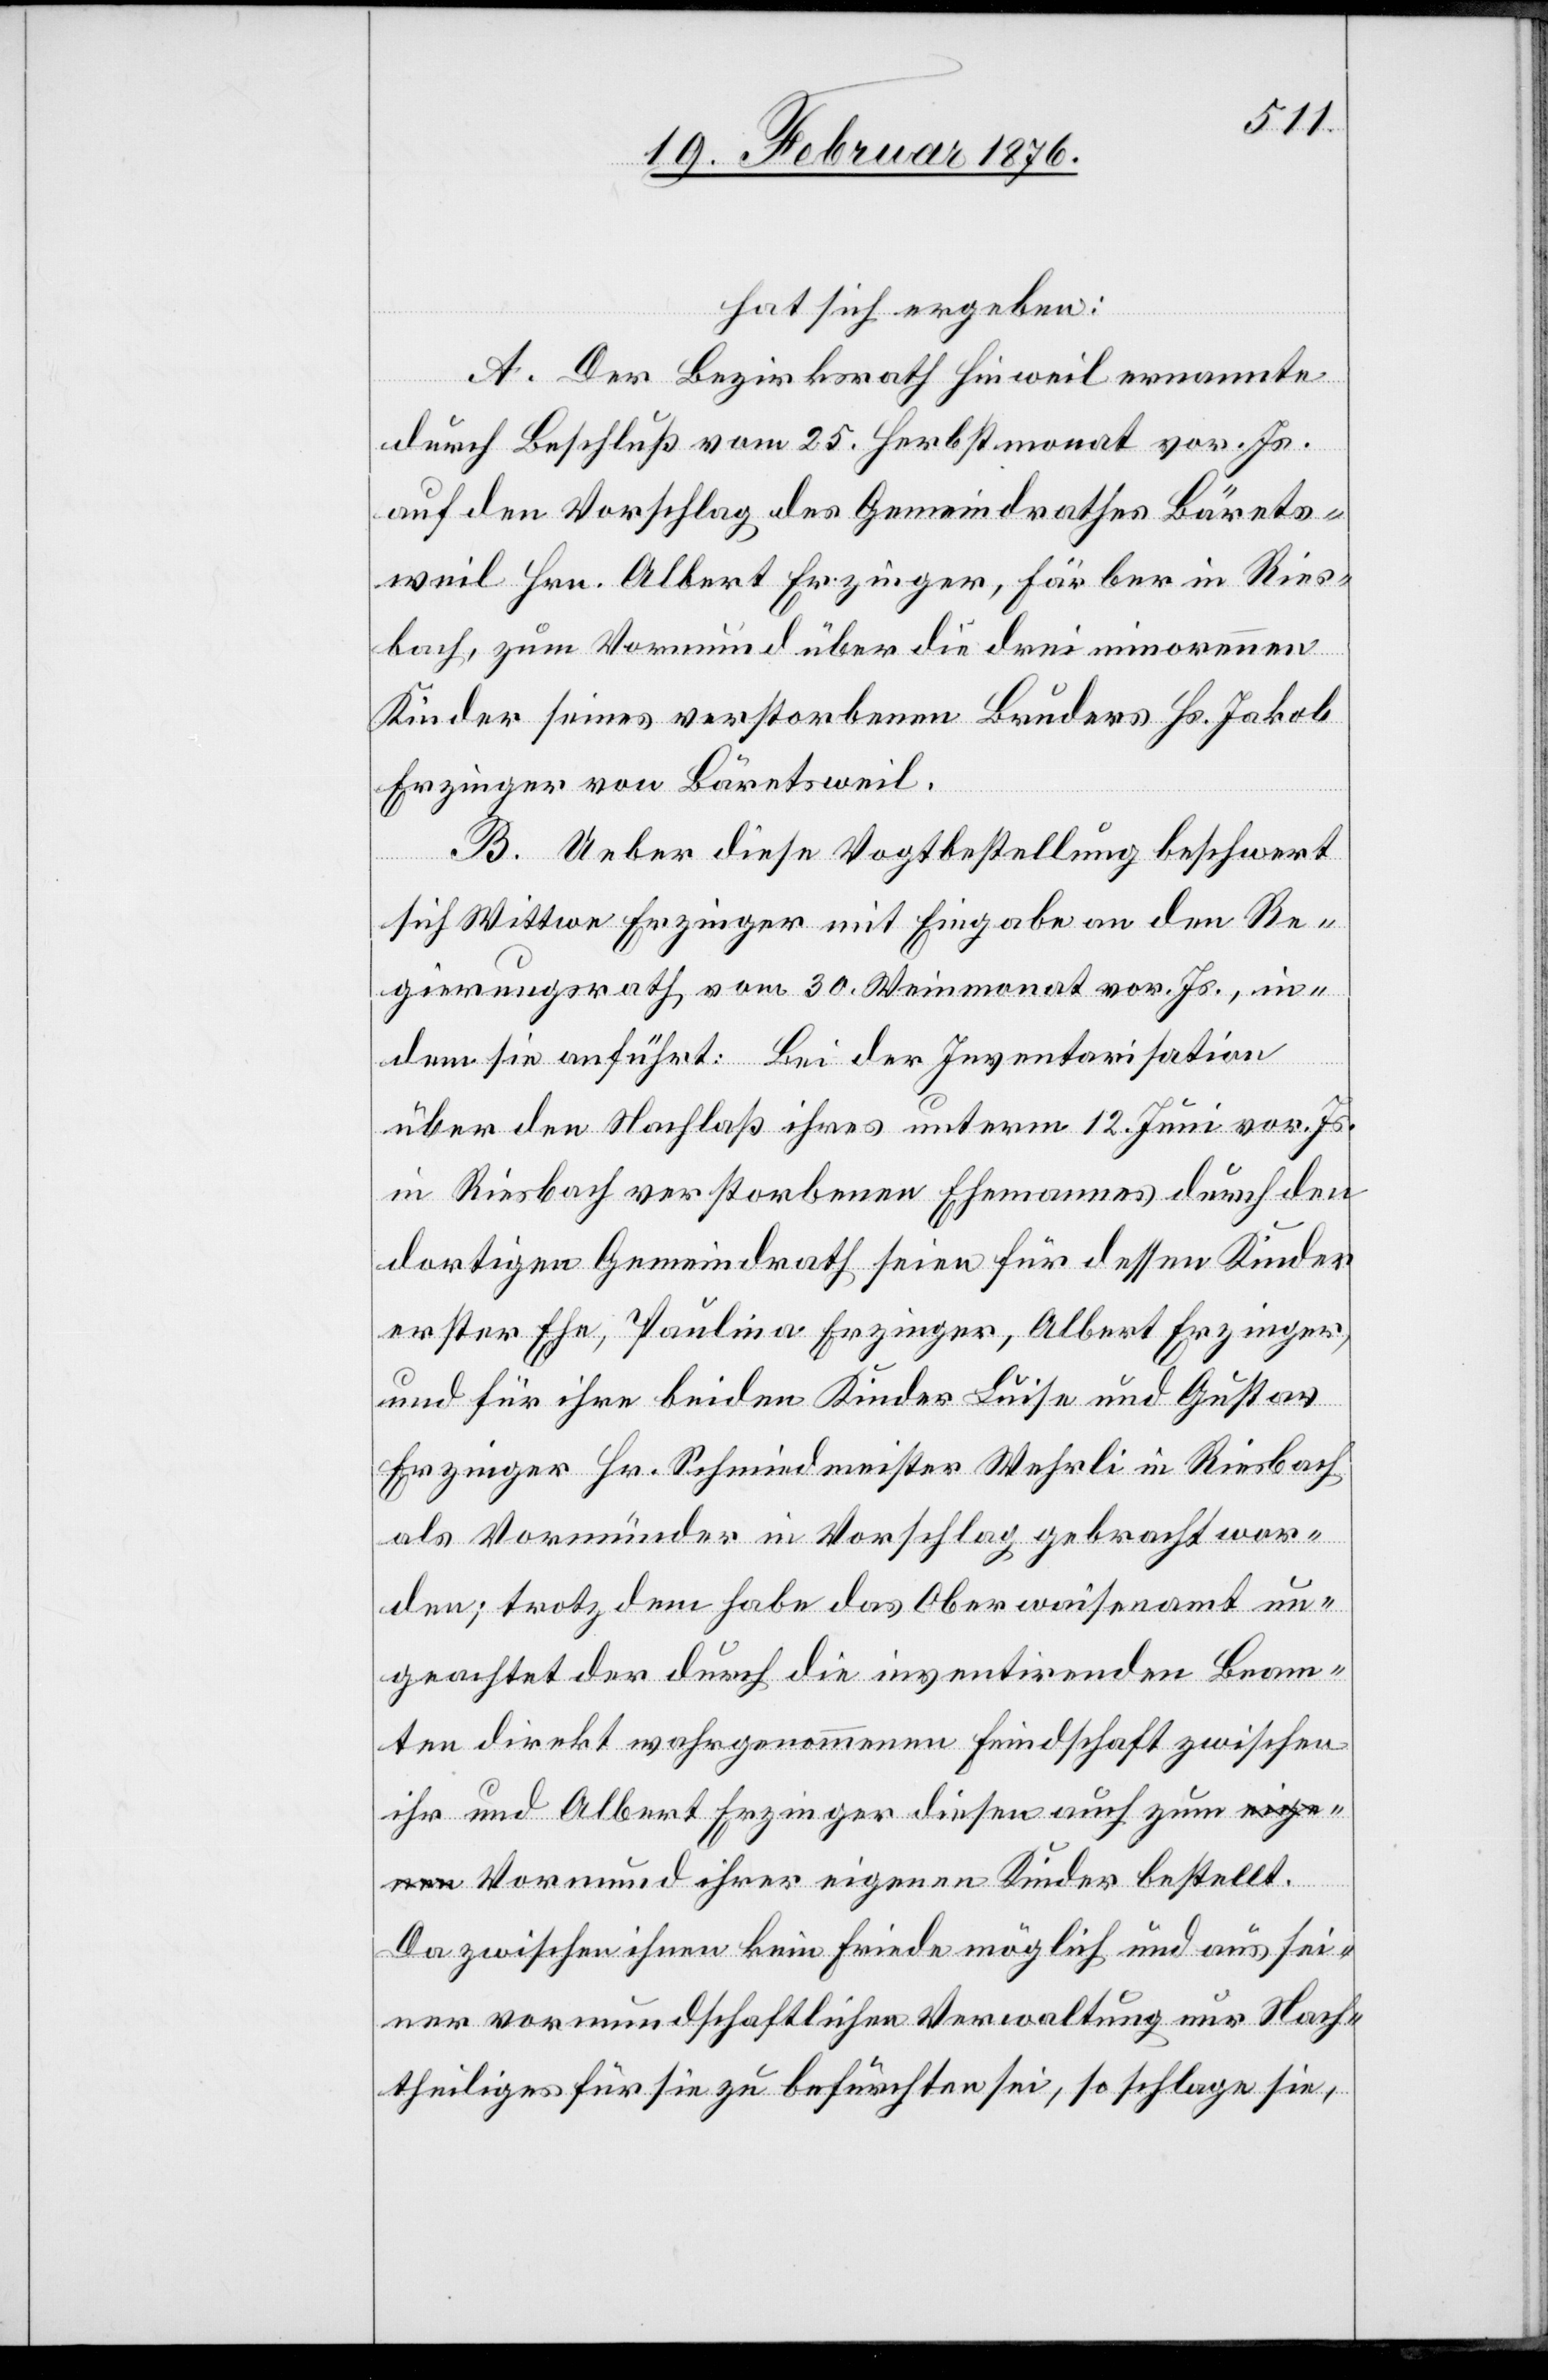
hat sich ergeben:
A. Der Bezirksrath Hinweil ernannte
durch Beschluß vom 25. Herbstmonat vor. Js.
auf den Vorschlag des Gemeindrathes Bärets¬
weil Hrn. Albert Erzinger, Färber in Ries¬
bach, zum Vormund über die drei minorennen
Kinder seines verstorbenen Bruder Hr. Jakob
Erzinger von Bäretsweil.
B. Ueber diese Vogtbestellung beschwert
sich Wittwe Erzinger mit Eingabe an den Re¬
gierungsrath, vom 30. Weinmonat vor. Js., in¬
dem sie anführt: Bei der Inventarisation
bestellt.
über den Nachlaß ihres unterm 12. Juni vor. Js.
in Riesbach verstorbenen Ehemannes durch den
dortigen Gemeindrath seien für dessen Kinder
erster Ehe, Paulina Erzinger, Albert Erzinger,
und für ihre beiden Kinder Luise und Gustav
Erzinger Hr. Schmidmeister Wehrli in Riesbach
als Vormünder in Vorschlag gebracht wor¬
den; trotz dem habe das Oberwaisenamt un¬
geachtet der durch die inventirenden Beam¬
ten direkt wahrgenommenen Feindschaft zwischen
ihr und Albert Erzinger diesen auch zum Vor¬
Da zwischen ihnen kein Friede möglich und aus sei¬
ner vormundschaftlichen Verwaltung nur Nach¬
theiliges für sie zu befürchten sei, so schlage sie,